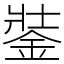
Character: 銺